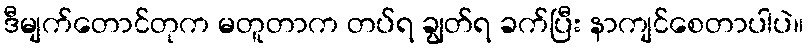
ဒီမျက်တောင်တုက မတူတာက တပ်ရ ချွတ်ရ ခက်ပြီး နာကျင်စေတာပါပဲ။